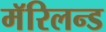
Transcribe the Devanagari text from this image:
मॅरिलन्ड